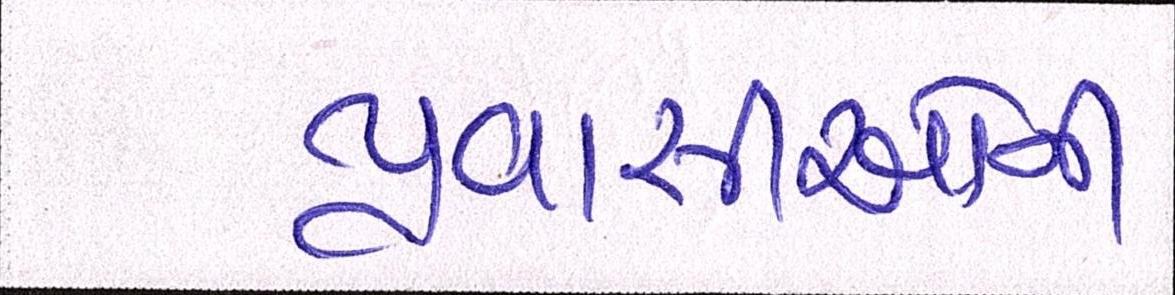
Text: પ્રવાસીઓની